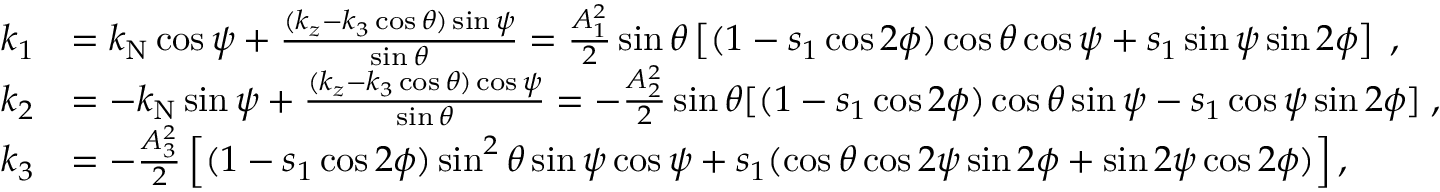
\begin{array} { r l } { k _ { 1 } } & { = k _ { \mathrm { N } } \cos \psi + \frac { ( k _ { z } - k _ { 3 } \cos \theta ) \sin \psi } { \sin \theta } = \frac { A _ { 1 } ^ { 2 } } { 2 } \sin \theta \left[ ( 1 - s _ { 1 } \cos 2 \phi ) \cos \theta \cos \psi + s _ { 1 } \sin \psi \sin 2 \phi \right] \; , } \\ { k _ { 2 } } & { = - k _ { \mathrm { N } } \sin \psi + \frac { ( k _ { z } - k _ { 3 } \cos \theta ) \cos \psi } { \sin \theta } = - \frac { A _ { 2 } ^ { 2 } } { 2 } \sin \theta [ ( 1 - s _ { 1 } \cos 2 \phi ) \cos \theta \sin \psi - s _ { 1 } \cos \psi \sin 2 \phi ] \; , } \\ { k _ { 3 } } & { = - \frac { A _ { 3 } ^ { 2 } } { 2 } \left[ ( 1 - s _ { 1 } \cos 2 \phi ) \sin ^ { 2 } { \theta } \sin { \psi } \cos \psi + s _ { 1 } ( \cos \theta \cos 2 \psi \sin 2 \phi + \sin 2 \psi \cos 2 \phi ) \right] , } \end{array}